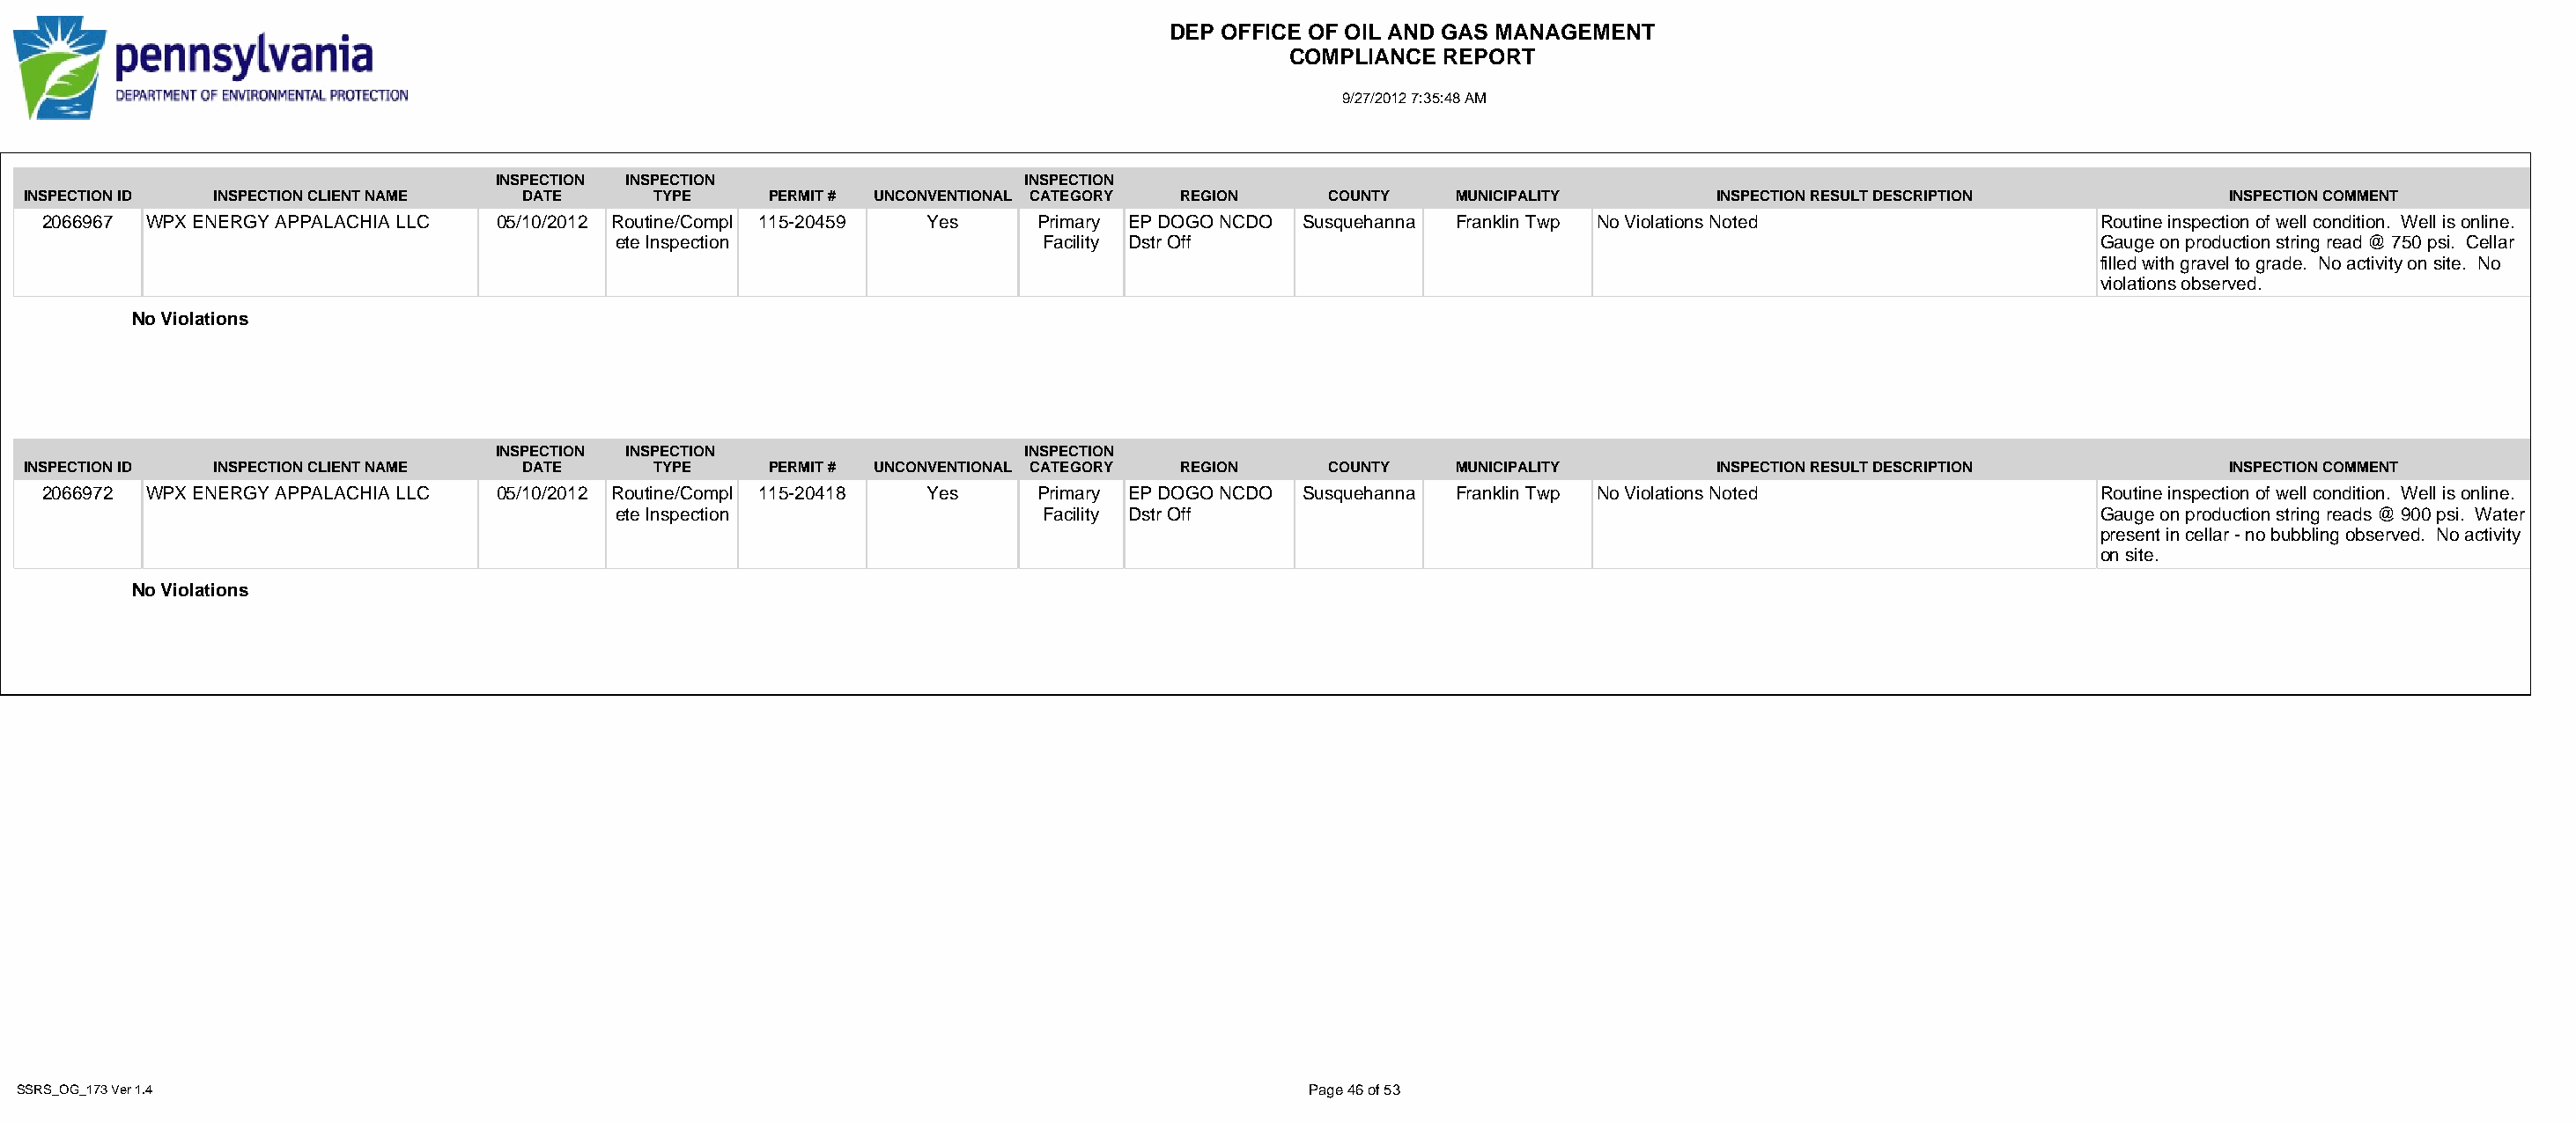
DEP OFFICE OF OIL AND GAS MANAGEMENT
 COMPLIANCE  REPORT
 9/27/2012 7:35:48 AM
 INSPECTION INSPECTION                   INSPECTION
 INSPECTION ID INSPECTION CLIENT NAME DATE      TYPE     PERMIT # UNCONVENTIONAL CATEGORY REGION   COUNTY   MUNICIPALITY        INSPECTION RESULT DESCRIPTION          INSPECTION COMMENT
 2066967 WPX ENERGY APPALACHIA LLC 05/10/2012 Routine/Compl 115-20459 Yes   Primary EP DOGO NCDO Susquehanna Franklin Twp No Violations Noted               Routine inspection of well condition. Well is online.
 ete Inspection                  Facility Dstr Off                                                               Gauge on production string read @ 750 psi. Cellar
 filled with gravel to grade. No activity on site. No
 violations observed.
 No Violations
 INSPECTION INSPECTION                   INSPECTION
 INSPECTION ID INSPECTION CLIENT NAME DATE      TYPE     PERMIT # UNCONVENTIONAL CATEGORY REGION   COUNTY   MUNICIPALITY        INSPECTION RESULT DESCRIPTION          INSPECTION COMMENT
 2066972 WPX ENERGY APPALACHIA LLC 05/10/2012 Routine/Compl 115-20418 Yes   Primary EP DOGO NCDO Susquehanna Franklin Twp No Violations Noted               Routine inspection of well condition. Well is online.
 ete Inspection                  Facility Dstr Off                                                               Gauge on production string reads @ 900 psi. Water
 present in cellar - no bubbling observed. No activity
 on site.
 No Violations
 SSRS_OG_173 Ver 1.4                                                                              Page 46 of 53